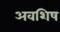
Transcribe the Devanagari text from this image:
अवशिष